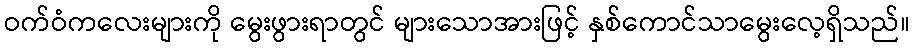
ဝက်ဝံကလေးများကို မွေးဖွားရာတွင် များသောအားဖြင့် နှစ်ကောင်သာမွေးလေ့ရှိသည်။